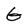
Character: G